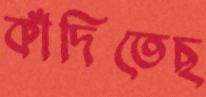
কাঁদিতেছ